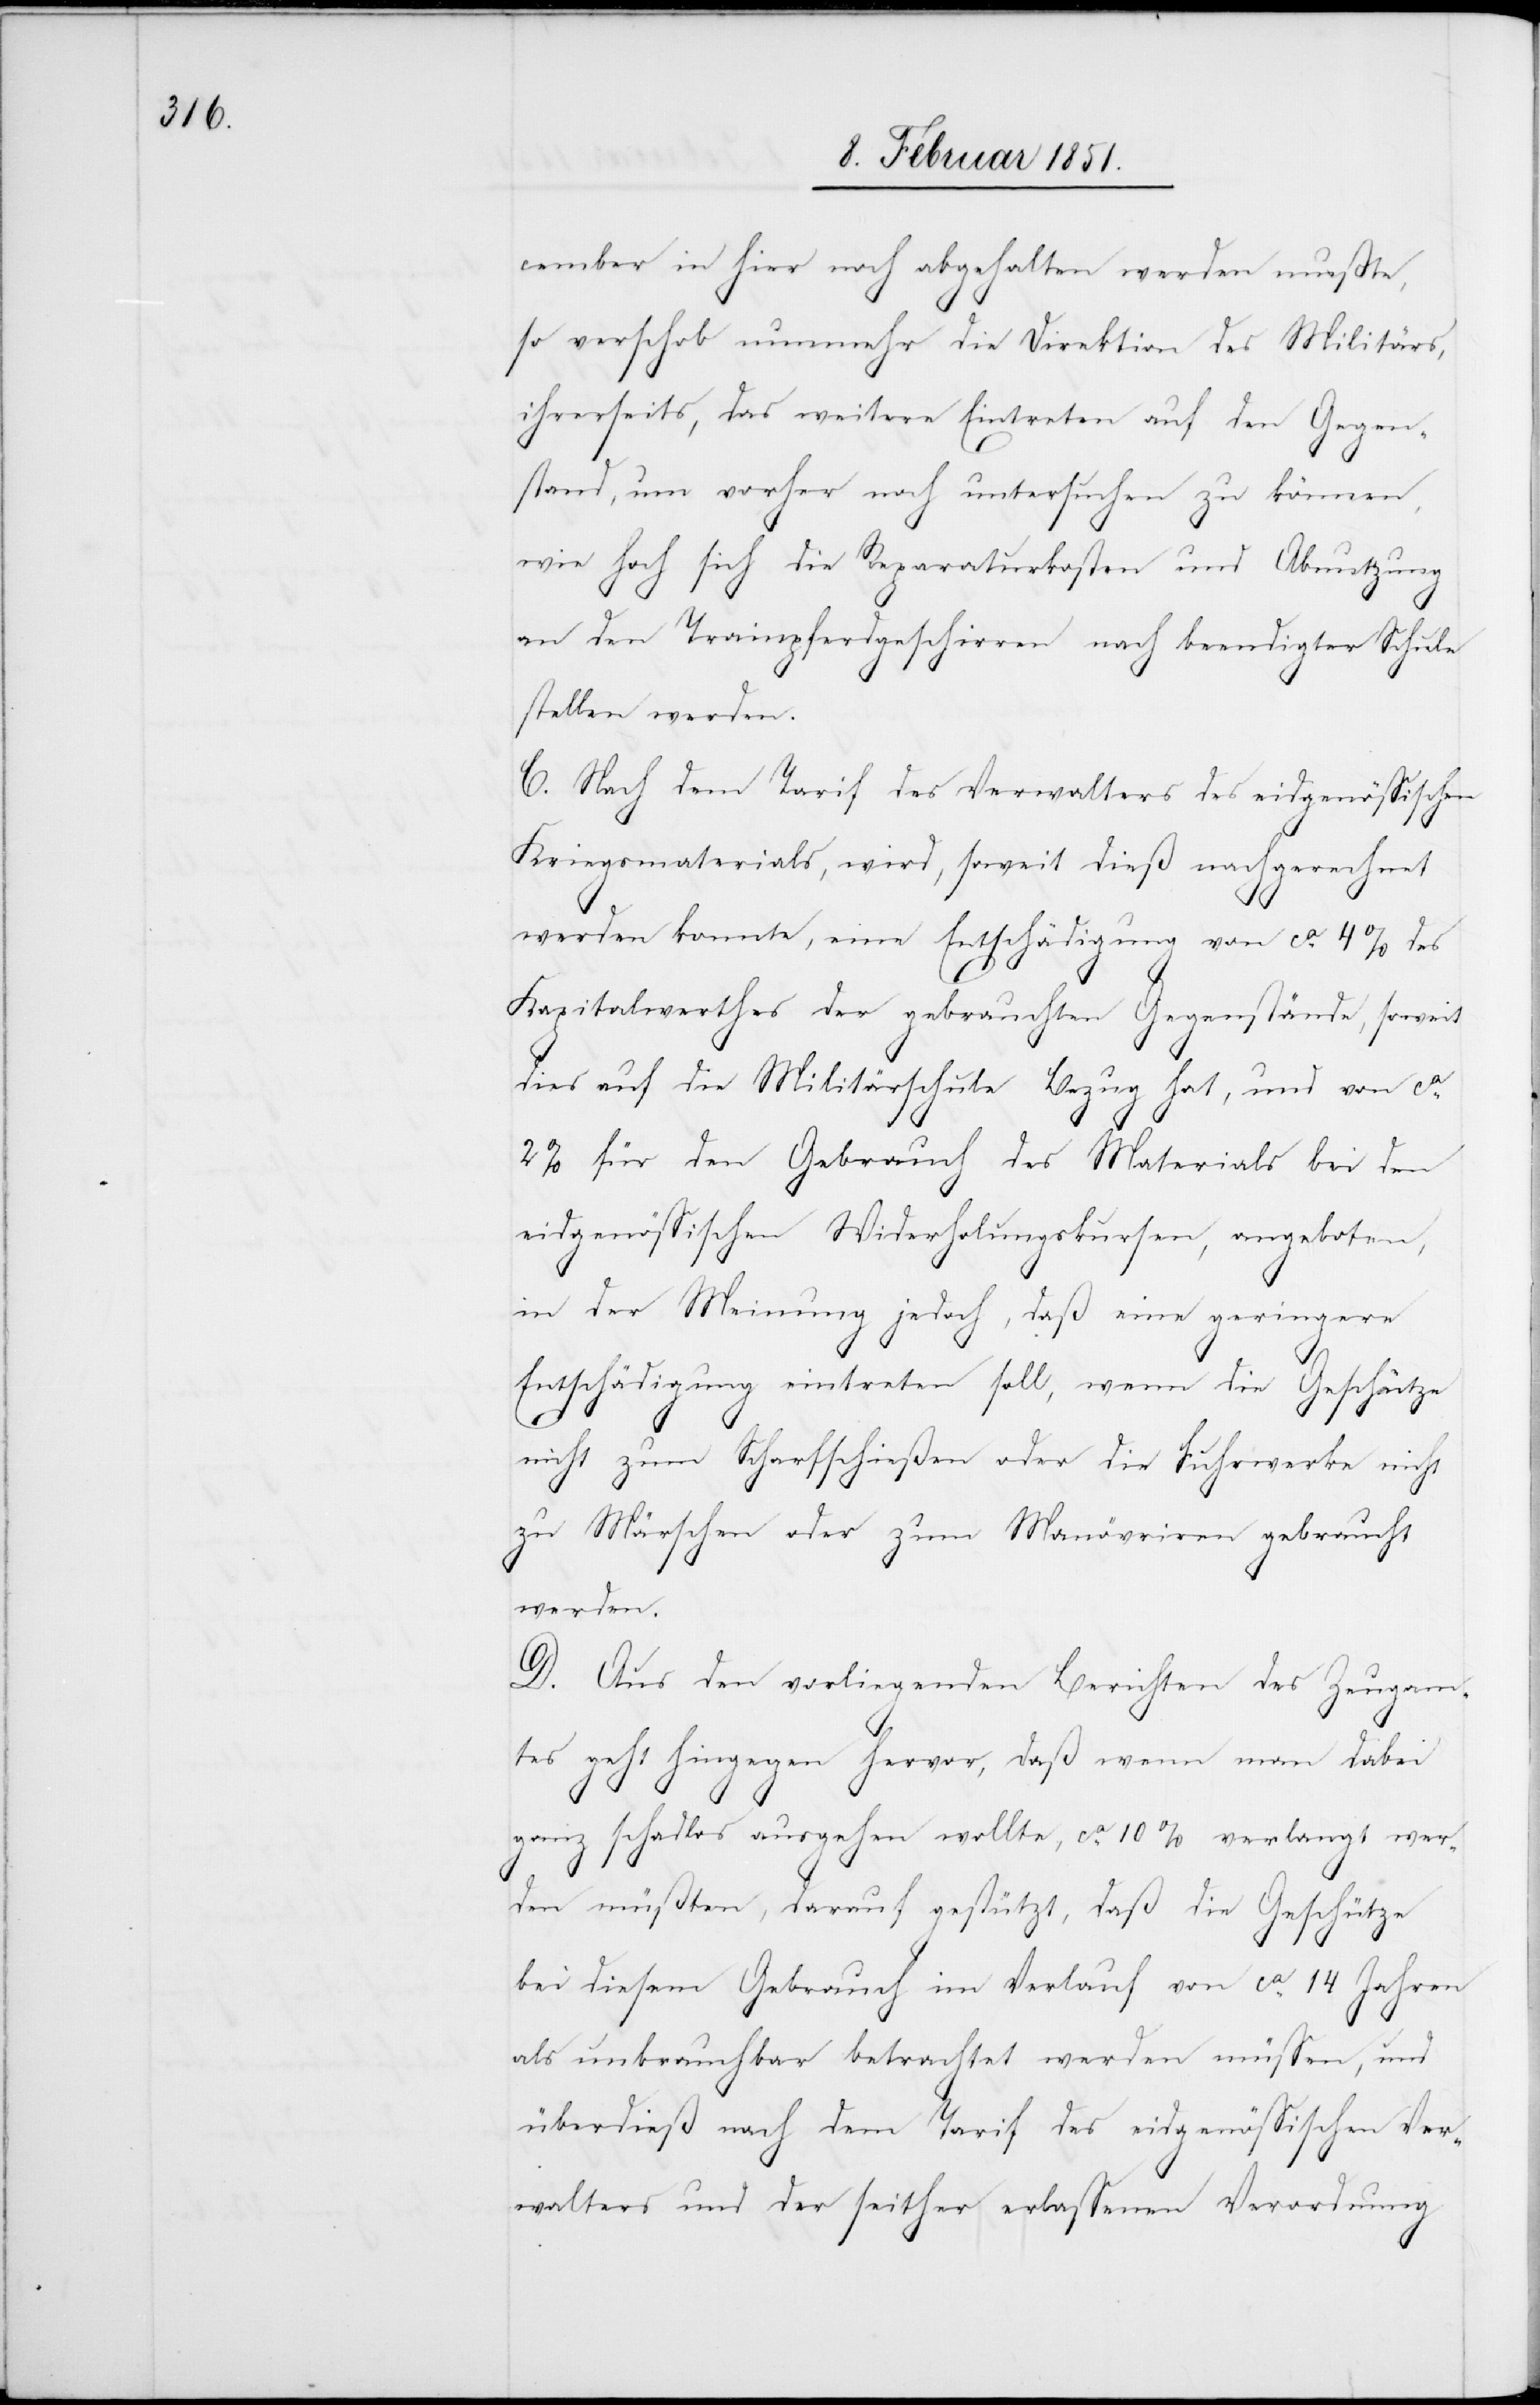
cember in hier noch abgehalten werden mußte,
so verschob nunmehr die Direktion des Militärs,
ihrerseits, das weitere Eintreten auf den Gegen¬
stand, um vorher noch untersuchen zu können,
wie hoch sich die Reparaturkosten und Abnutzung
an den Trainpferdgeschirren nach beendigter Schule
stellen werden.
C. Nach dem Tarif des Verwalters des eidgenössischen
Kriegsmaterials, wird, soweit dieß nachgerechnet
werden konnte, eine Entschädigung von ca. 4% des
Kapitalwerthes der gebrauchten Gegenstände, soweit
dies auf die Militärschule Bezug hat, und von ca.
2% für den Gebrauch des Materials bei den
eidgenössischen Wi[e]derholungskursen, angeboten,
in der Meinung jedoch, daß eine geringere
Entschädigung eintreten soll, wenn die Geschütze
nicht zum Scharfschießen oder die Fuhrwerke nicht
zu Märschen oder zum Manövriren gebraucht
werden.
D. Aus den vorliegenden Berichten des Zeugam¬
tes geht hingegen hervor, daß wenn man dabei
ganz schadlos ausgehen wollte, ca. 10% verlangt wer¬
den müßten, darauf gestützt, daß die Geschütze
bei diesem Gebrauch im Verlauf von ca. 14 Jahren
als unbrauchbar betrachtet werden müssen, und
überdieß nach dem Tarif des eidgenössischen Ver¬
walters und der seither erlassenen Verordnung